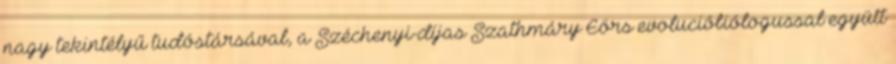
nagy tekintélyű tudóstársával, a Széchenyi-díjas Szathmáry Eörs evolucióbiólogussal együtt